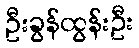
ဦးခွန်ထွန်းဦး